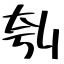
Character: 刳